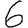
Digit: 6